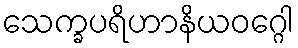
သေက္ခပရိဟာနိယဝဂ္ဂေါ